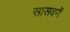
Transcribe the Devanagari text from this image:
सासवणें